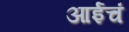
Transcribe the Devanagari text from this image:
आईचं